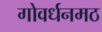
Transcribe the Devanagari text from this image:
गोवर्धनमठ